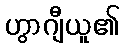
ဟွာဂျီယူ၏